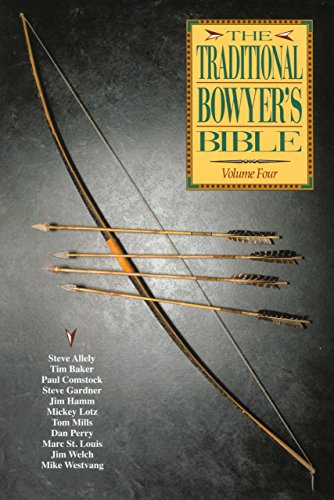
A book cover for Traditional Bowyer's Bible (Volume 4); Jim Hamm; Sports & Outdoors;